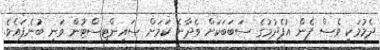
ދެމުމަކީ ވެސް ފެން އުފެދުމުގެ ސަބަބަކަށް ވެދާނެ ކަމަށް ސައިންޓިސްޓުން ވަނީ ބުނެފައެވެ.